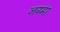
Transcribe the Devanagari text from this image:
नग्मा